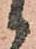
候